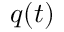
q ( t )